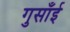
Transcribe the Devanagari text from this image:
गुसाँई